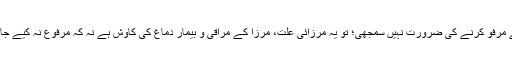
رہی بات یہ کہ راویوں نے مرفوؑ کرنے کی ضرورت نہیں سمجھی؛ تو یہ مرزائی علت، مرزا کے مراقی و بیمار دماغ کی کاوش ہے نہ کہ مرفوع نہ کیے جانے کی کوئی معقول وجہ ۔